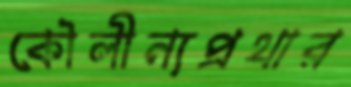
কৌলীন্যপ্রথার